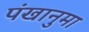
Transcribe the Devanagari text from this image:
पंखानुमा